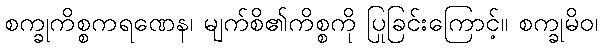
စက္ခုကိစ္စကရဏေန၊ မျက်စိ၏ကိစ္စကို ပြုခြင်းကြောင့်။ စက္ခုမိဝ၊